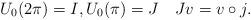
LaTeX: \begin{align*}U_0(2\pi )=I,U_0(\pi )=J\quad Jv=v\circ j.\end{align*}